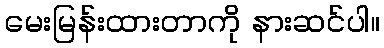
မေးမြန်းထားတာကို နားဆင်ပါ။